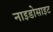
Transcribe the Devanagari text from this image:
नाइडोसाइट